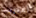
اقتربت